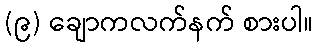
(၉) ချောကလက်နက် စားပါ။